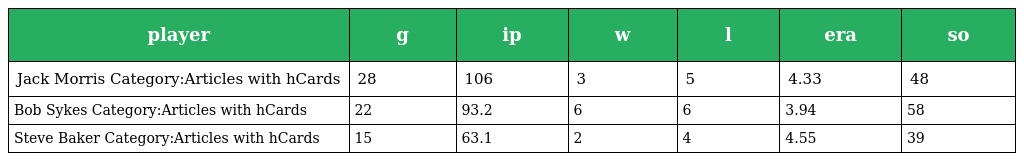
| player | g | ip | w | l | era | so |
 | --- | --- | --- | --- | --- | --- | --- |
 | Jack Morris Category:Articles with hCards | 28 | 106 | 3 | 5 | 4.33 | 48 |
 | Bob Sykes Category:Articles with hCards | 22 | 93.2 | 6 | 6 | 3.94 | 58 |
 | Steve Baker Category:Articles with hCards | 15 | 63.1 | 2 | 4 | 4.55 | 39 |